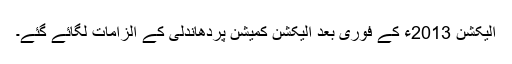
الیکشن 2013ء کے فوری بعد الیکشن کمیشن پردھاندلی کے الزامات لگائے گئے۔